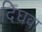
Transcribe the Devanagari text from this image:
दिघवा